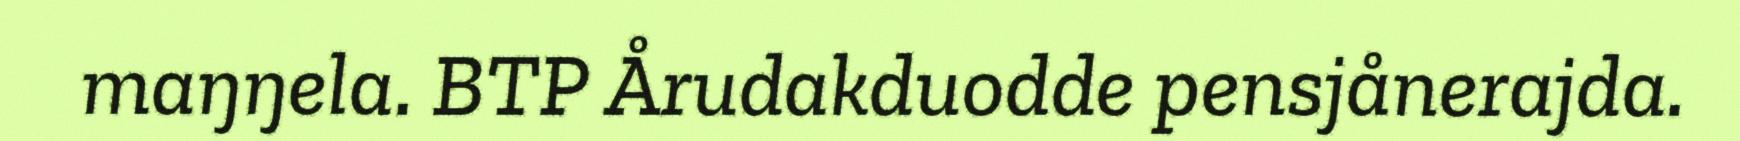
maŋŋela. BTP Årudakduodde pensjånerajda.